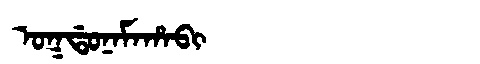
Manchu: ᠣᡴᡩᠣᠨᠠᠮᠠᡥᠠᠪᡳ
Romanization: OKDONAMAHABI